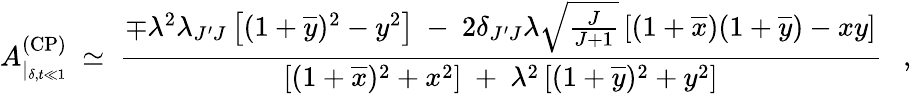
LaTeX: A_{|_{\delta,t\ll 1}}^{(\mathrm{CP})}\ \simeq\ \frac{\mp\lambda^{2}\lambda_{J^{\prime}J}\left[(1+\overline{{{y}}})^{2}-y^{2}\right]\ -\ 2\delta_{J^{\prime}J}\lambda\sqrt{\frac{J}{J+1}}\left[(1+\overline{{{x}}})(1+\overline{{{y}}})-xy\right]}{\left[(1+\overline{{{x}}})^{2}+x^{2}\right]\ +\ \lambda^{2}\left[(1+\overline{{{y}}})^{2}+y^{2}\right]}\ \ \ ,